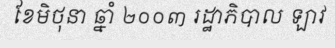
ខែមិថុនា ឆ្នាំ ២០០៣ រដ្ឋាភិបាល ឡាវ